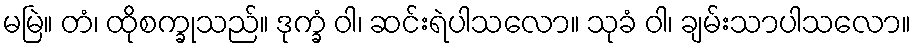
မမြဲ။ တံ၊ ထိုစက္ခုသည်။ ဒုက္ခံ ဝါ၊ ဆင်းရဲပါသလော။ သုခံ ဝါ၊ ချမ်းသာပါသလော။